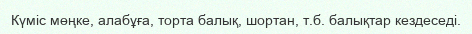
Күміс мөңке, алабұға, торта балық, шортан, т.б. балықтар кездеседі.